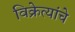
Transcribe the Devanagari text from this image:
विक्रेत्यांचे